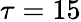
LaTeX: \tau=15